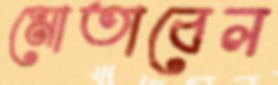
মোতাবেল